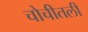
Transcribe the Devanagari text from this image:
चोचीतली